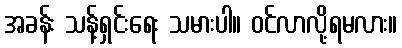
အခန်း သန့်ရှင်းရေး သမားပါ။ ဝင်လာလို့ရမလား။